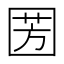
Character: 𭍦